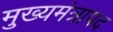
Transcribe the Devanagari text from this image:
मुख्यमंत्रापद